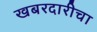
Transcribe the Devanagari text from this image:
खबरदारीचा